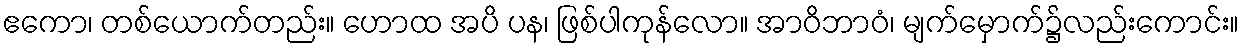
ဧကော၊ တစ်ယောက်တည်း။ ဟောထ အပိ ပန၊ ဖြစ်ပါကုန်လော။ အာဝိဘာဝံ၊ မျက်မှောက်၌လည်းကောင်း။